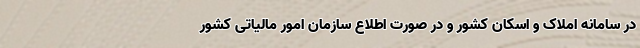
در سامانه املاک و اسکان کشور و در صورت اطلاع سازمان امور مالیاتی کشور